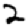
Digit: 2